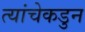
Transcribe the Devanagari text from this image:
त्यांचेकडुन